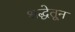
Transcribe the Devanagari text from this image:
श्रद्धेतून